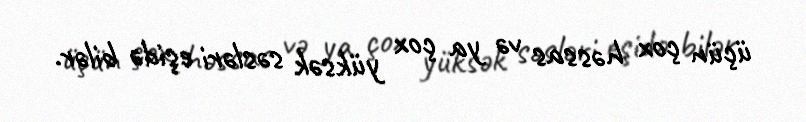
üçün çox həssas və ya çox yüksək səsləri eşidə bilər.